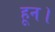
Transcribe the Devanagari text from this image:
हून।